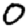
Digit: 0